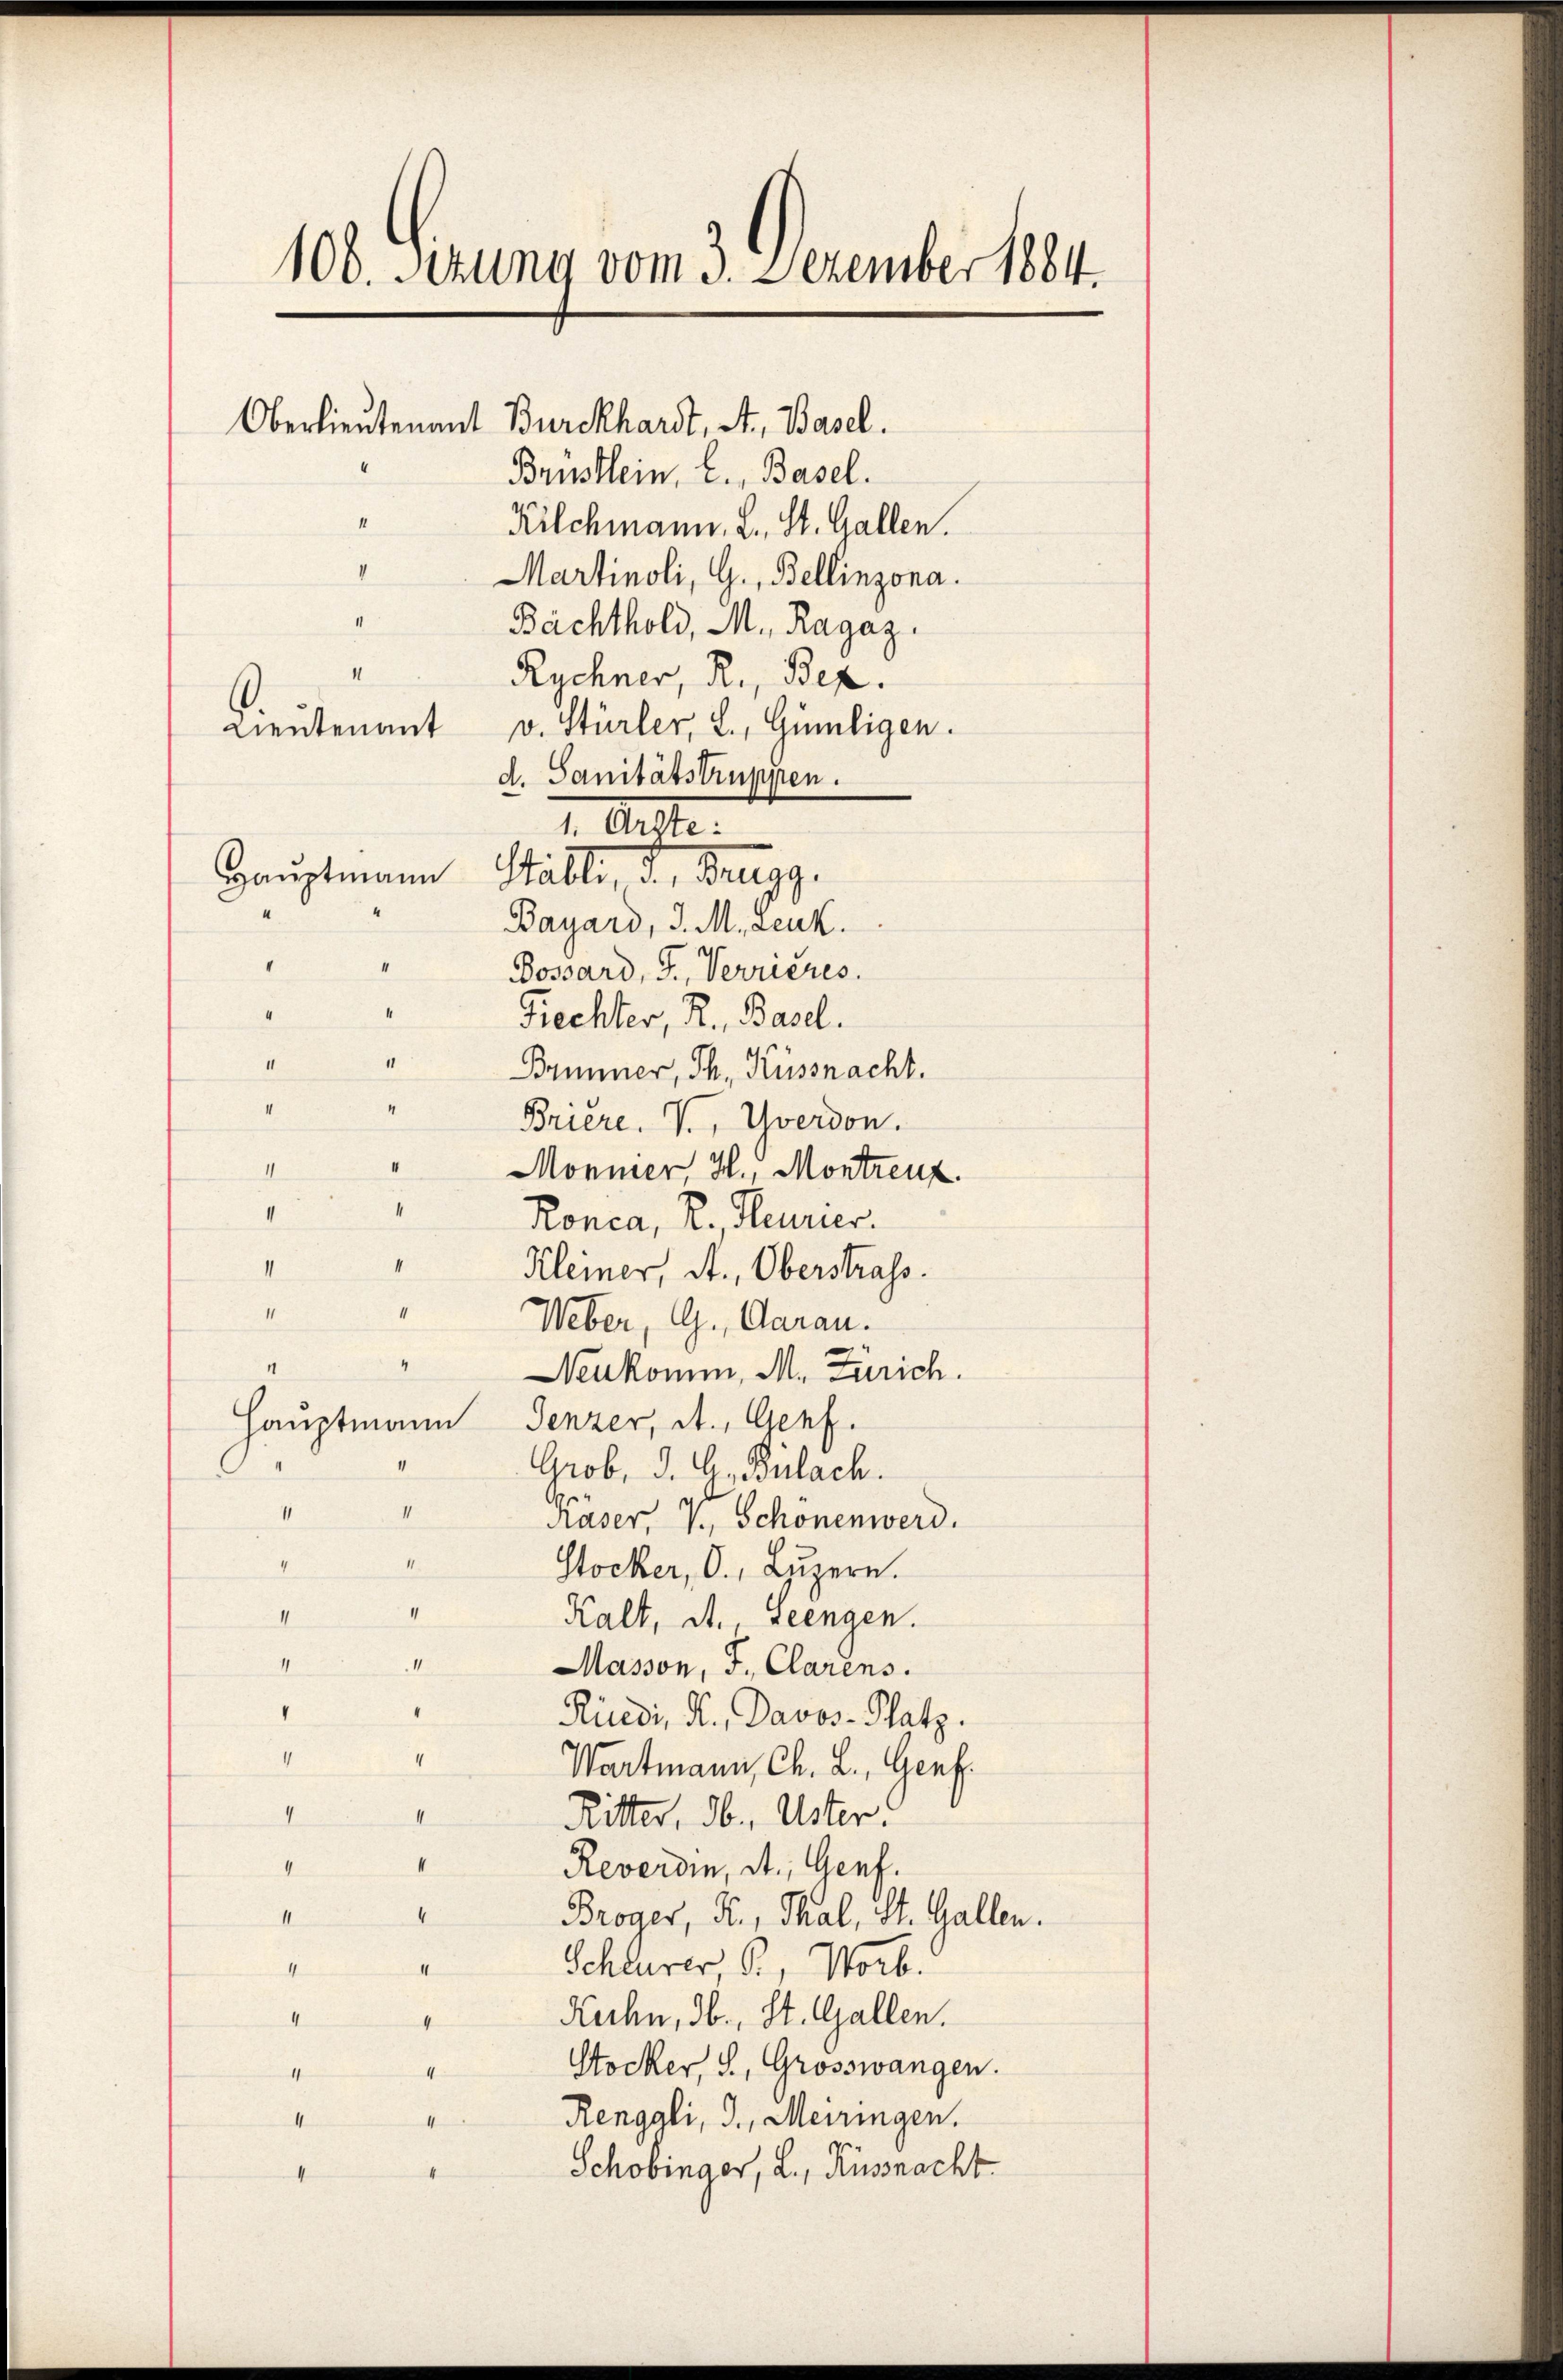
106. Ferung vom 3. Dezember 184.

Oberlieutenant Burckhardt, A. Basel.
Brüstlein, C. Basel.
1
Kilchmann, L. St. Gallen.
II
Martinoli, G., Bellinzona.
Bachthold, M., Ragaz
II
Rychner, R., Bez.
Lieutenant v. Stürler, L., Gümligen.
d. Sanitätstruppen.
1. Anste.
Hauptmann Ställe, d. Brugg.
Bayard, d. M. Leuk.
Bossard, J., Verrieres.
Fiechter, R., Basel.
Brunner, Th. Küssnacht.
Briere. V, Uverdon.
1
Monier, H., Montreuz.
1
Ronca, R. Heurier.
4
1
Kleiner, A., Oberstrafs.
Weber, G., Garan.
e
4
Neukomm, M. Zürich.
Hauptmann Genzer, St. Genf.
“
Grob, d. G. Bülach.
e
1
Kaser, V., Schonenwerd.
Stocker, O., Luzern.
II
Kalt, St., geengen.
1
1
Masson, F. Clarens.
“
Rüedi, K., Davos- Platz.
4
4
Wartmann, Ch. L., Genf.
I
Ritter, ab. Uster!
1
4
“
Reverdin, d. Genf.
4
Broger, N., Thal, St. Gallen.
11
Schlerer B., Worb.
1
4
Kuhn, 3., St. Gallen.
4
Stocker, S., Grosswangen.
1
Renggli, J., Meiringen.
4
“
Schobinger, L., Küssnacht
I